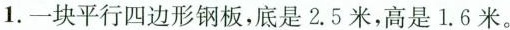
1.一块平行四边形钢板，底是2.5米，高是1.6米。